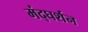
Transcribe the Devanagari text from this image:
मंद्घर्शन